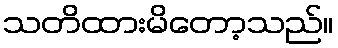
သတိထားမိတော့သည်။